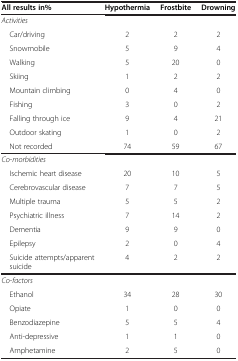
<table><thead><tr><td><b>All results in%</b></td><td><b>Hypothermia</b></td><td><b>Frostbite</b></td><td><b>Drowning</b></td></tr></thead><tbody><tr><td><i>Activities</i></td><td> </td><td> </td><td> </td></tr><tr><td> Car/driving</td><td>2</td><td>2</td><td>2</td></tr><tr><td> Snowmobile</td><td>5</td><td>9</td><td>4</td></tr><tr><td> Walking</td><td>5</td><td>20</td><td>0</td></tr><tr><td> Skiing</td><td>1</td><td>2</td><td>2</td></tr><tr><td> Mountain climbing</td><td>0</td><td>4</td><td>0</td></tr><tr><td> Fishing</td><td>3</td><td>0</td><td>2</td></tr><tr><td> Falling through ice</td><td>9</td><td>4</td><td>21</td></tr><tr><td> Outdoor skating</td><td>1</td><td>0</td><td>2</td></tr><tr><td> Not recorded</td><td>74</td><td>59</td><td>67</td></tr><tr><td><i>Co-morbidities</i></td><td> </td><td> </td><td> </td></tr><tr><td> Ischemic heart disease</td><td>20</td><td>10</td><td>5</td></tr><tr><td> Cerebrovascular disease</td><td>7</td><td>7</td><td>5</td></tr><tr><td> Multiple trauma</td><td>5</td><td>5</td><td>2</td></tr><tr><td> Psychiatric illness</td><td>7</td><td>14</td><td>2</td></tr><tr><td> Dementia</td><td>9</td><td>9</td><td>0</td></tr><tr><td> Epilepsy</td><td>2</td><td>0</td><td>4</td></tr><tr><td> Suicide attempts/apparent suicide</td><td>4</td><td>2</td><td>2</td></tr><tr><td><i>Co-factors</i></td><td> </td><td> </td><td> </td></tr><tr><td> Ethanol</td><td>34</td><td>28</td><td>30</td></tr><tr><td> Opiate</td><td>1</td><td>0</td><td>0</td></tr><tr><td> Benzodiazepine</td><td>5</td><td>5</td><td>4</td></tr><tr><td> Anti-depressive</td><td>1</td><td>1</td><td>0</td></tr><tr><td> Amphetamine</td><td>2</td><td>5</td><td>0</td></tr></tbody></table>